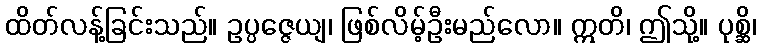
ထိတ်လန့်ခြင်းသည်။ ဥပ္ပဇ္ဇေယျ၊ ဖြစ်လိမ့်ဦးမည်လော။ ဣတိ၊ ဤသို့။ ပုစ္ဆိ၊